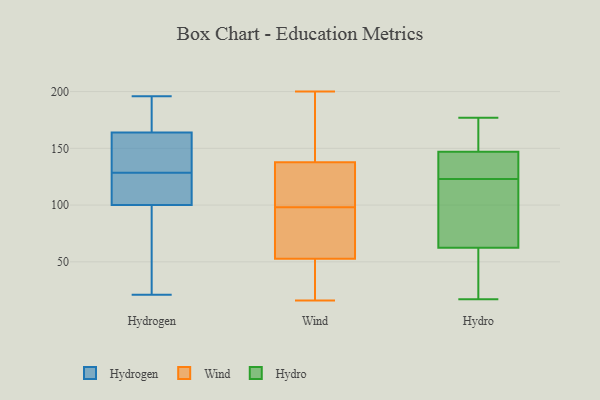
{"axis": {"x": "Bounce Rate (%)", "y": "Value"}, "legend": ["Hydro", "Hydrogen", "Wind"], "data": [{"x": "", "y": 149, "type": "Hydrogen"}, {"x": "", "y": 164, "type": "Hydrogen"}, {"x": "", "y": 111, "type": "Hydrogen"}, {"x": "", "y": 123, "type": "Hydrogen"}, {"x": "", "y": 164, "type": "Hydrogen"}, {"x": "", "y": 185, "type": "Hydrogen"}, {"x": "", "y": 134, "type": "Hydrogen"}, {"x": "", "y": 36, "type": "Hydrogen"}, {"x": "", "y": 21, "type": "Hydrogen"}, {"x": "", "y": 196, "type": "Hydrogen"}, {"x": "", "y": 59, "type": "Hydrogen"}, {"x": "", "y": 152, "type": "Hydrogen"}, {"x": "", "y": 102, "type": "Hydrogen"}, {"x": "", "y": 100, "type": "Hydrogen"}, {"x": "", "y": 92, "type": "Wind"}, {"x": "", "y": 71, "type": "Wind"}, {"x": "", "y": 110, "type": "Wind"}, {"x": "", "y": 58, "type": "Wind"}, {"x": "", "y": 98, "type": "Wind"}, {"x": "", "y": 51, "type": "Wind"}, {"x": "", "y": 200, "type": "Wind"}, {"x": "", "y": 122, "type": "Wind"}, {"x": "", "y": 42, "type": "Wind"}, {"x": "", "y": 16, "type": "Wind"}, {"x": "", "y": 23, "type": "Wind"}, {"x": "", "y": 143, "type": "Wind"}, {"x": "", "y": 153, "type": "Wind"}, {"x": "", "y": 106, "type": "Wind"}, {"x": "", "y": 173, "type": "Wind"}, {"x": "", "y": 17, "type": "Hydro"}, {"x": "", "y": 167, "type": "Hydro"}, {"x": "", "y": 94, "type": "Hydro"}, {"x": "", "y": 126, "type": "Hydro"}, {"x": "", "y": 135, "type": "Hydro"}, {"x": "", "y": 33, "type": "Hydro"}, {"x": "", "y": 92, "type": "Hydro"}, {"x": "", "y": 120, "type": "Hydro"}, {"x": "", "y": 46, "type": "Hydro"}, {"x": "", "y": 72, "type": "Hydro"}, {"x": "", "y": 162, "type": "Hydro"}, {"x": "", "y": 177, "type": "Hydro"}, {"x": "", "y": 155, "type": "Hydro"}, {"x": "", "y": 139, "type": "Hydro"}, {"x": "", "y": 108, "type": "Hydro"}, {"x": "", "y": 20, "type": "Hydro"}, {"x": "", "y": 137, "type": "Hydro"}, {"x": "", "y": 168, "type": "Hydro"}, {"x": "", "y": 138, "type": "Hydro"}, {"x": "", "y": 53, "type": "Hydro"}]}